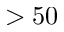
> 5 0